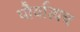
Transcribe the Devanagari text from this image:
पौर्वात्यच